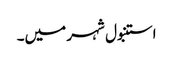
استنبول شہر میں۔